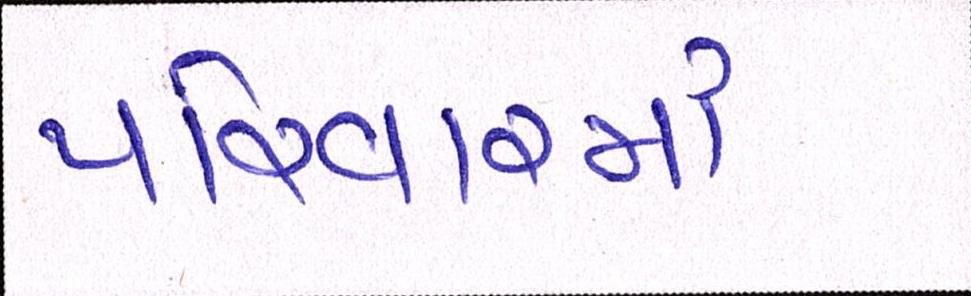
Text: પરિવારમાં